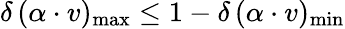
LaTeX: \delta\, (\alpha\cdot v)_{\mathrm{max}}\leq 1-\delta\, (\alpha\cdot v)_{\mathrm{min}}